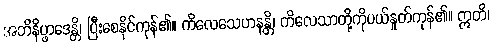
အဘိနိပ္ဖာဒေန္တိ၊ ပြီးစေနိုင်ကုန်၏။ ကိလေသေဟနန္တိ၊ ကိလေသာတို့ကိုပယ်နှုတ်ကုန်၏။ ဣတိ၊